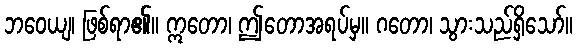
ဘဝေယျ၊ ဖြစ်ရာ၏။ ဣတော၊ ဤတောအရပ်မှ။ ဂတော၊ သွားသည်ရှိသော်။